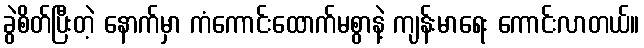
ခွဲစိတ်ပြီးတဲ့ နောက်မှာ ကံကောင်းထောက်မစွာနဲ့ ကျန်းမာရေး ကောင်းလာတယ်။